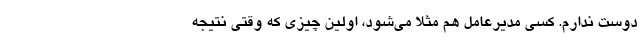
دوست ندارم. کسی مدیرعامل هم مثلا می‌شود، اولین چیزی که وقتی نتیجه